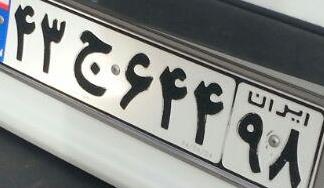
۴۳ج۶۴۴۹۸